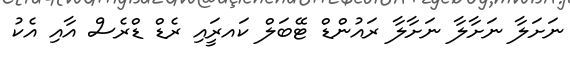
ނަށަލާ ނަށާލާ ނަށާލާ ރައުންޑް ޓޭބަލް ކައރީައި ރެޑް ޑްރެސް އާއި އެކު